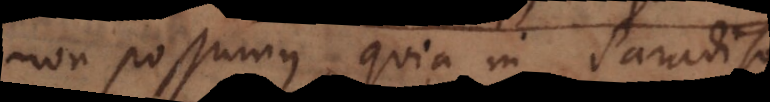
non possumus, quia in Paradiso